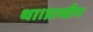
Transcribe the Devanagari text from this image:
था।प्राचीन